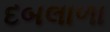
દબલાળા